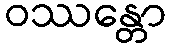
ဝဿန္တော